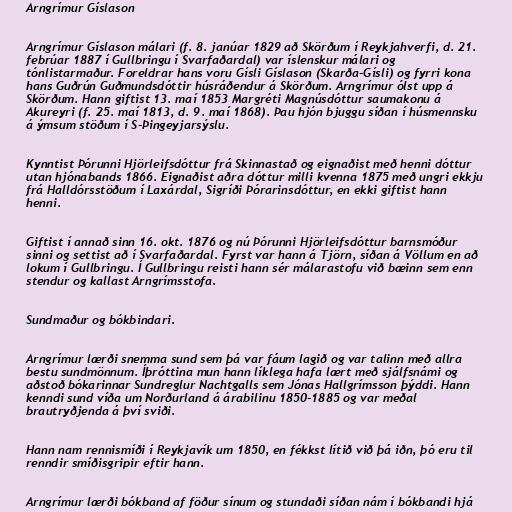
Arngrímur Gíslason

Arngrímur Gíslason málari (f. 8. janúar 1829 að Skörðum í Reykjahverfi, d. 21.
febrúar 1887 í Gullbringu í Svarfaðardal) var íslenskur málari og
tónlistarmaður. Foreldrar hans voru Gísli Gíslason (Skarða-Gísli) og fyrri kona
hans Guðrún Guðmundsdóttir húsráðendur á Skörðum. Arngrímur ólst upp á
Skörðum. Hann giftist 13. maí 1853 Margréti Magnúsdóttur saumakonu á
Akureyri (f. 25. maí 1813, d. 9. maí 1868). Þau hjón bjuggu síðan í húsmennsku
á ýmsum stöðum í S-Þingeyjarsýslu.

Kynntist Þórunni Hjörleifsdóttur frá Skinnastað og eignaðist með henni dóttur
utan hjónabands 1866. Eignaðist aðra dóttur milli kvenna 1875 með ungri ekkju
frá Halldórsstöðum í Laxárdal, Sigríði Þórarinsdóttur, en ekki giftist hann
henni.

Giftist í annað sinn 16. okt. 1876 og nú Þórunni Hjörleifsdóttur barnsmóður
sinni og settist að í Svarfaðardal. Fyrst var hann á Tjörn, síðan á Völlum en að
lokum í Gullbringu. Í Gullbringu reisti hann sér málarastofu við bæinn sem enn
stendur og kallast Arngrímsstofa.

Sundmaður og bókbindari.

Arngrímur lærði snemma sund sem þá var fáum lagið og var talinn með allra
bestu sundmönnum. Íþróttina mun hann líklega hafa lært með sjálfsnámi og
aðstoð bókarinnar Sundreglur Nachtgalls sem Jónas Hallgrímsson þýddi. Hann
kenndi sund víða um Norðurland á árabilinu 1850-1885 og var meðal
brautryðjenda á því sviði.

Hann nam rennismíði í Reykjavík um 1850, en fékkst lítið við þá iðn, þó eru til
renndir smíðisgripir eftir hann.

Arngrímur lærði bókband af föður sínum og stundaði síðan nám í bókbandi hjá